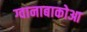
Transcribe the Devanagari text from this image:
ग्वानाबाकोआ